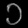
Digit: ၁